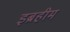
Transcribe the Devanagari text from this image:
इब्रहीम